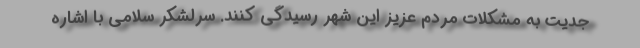
جدیت به مشکلات مردم عزیز این شهر رسیدگی کنند. سرلشکر سلامی با اشاره